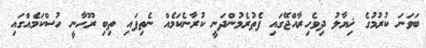
ބަވަނަ ކުރުމުގެ ޚިޔާލު ދިވެހިރާއްޖޭގައި ފެތުރެމުންދަނީ ކުރާނެކަމެއް ނެތިފައި ތިބި ރޫޙާނީ ހުސްކަމެއްގައި